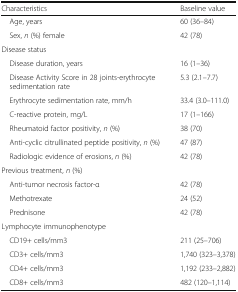
<table><thead><tr><td><b>Characteristics</b></td><td><b>Baseline value</b></td></tr></thead><tbody><tr><td> Age, years</td><td>60 (36–84)</td></tr><tr><td> Sex, <i>n</i> (%) female</td><td>42 (78)</td></tr><tr><td colspan="2">Disease status</td></tr><tr><td> Disease duration, years</td><td>16 (1–36)</td></tr><tr><td> Disease Activity Score in 28 joints-erythrocyte sedimentation rate</td><td>5.3 (2.1–7.7)</td></tr><tr><td> Erythrocyte sedimentation rate, mm/h</td><td>33.4 (3.0–111.0)</td></tr><tr><td> C-reactive protein, mg/L</td><td>17 (1–166)</td></tr><tr><td> Rheumatoid factor positivity, <i>n</i> (%)</td><td>38 (70)</td></tr><tr><td> Anti-cyclic citrullinated peptide positivity, <i>n</i> (%)</td><td>47 (87)</td></tr><tr><td> Radiologic evidence of erosions, <i>n</i> (%)</td><td>42 (78)</td></tr><tr><td colspan="2">Previous treatment, <i>n</i> (%)</td></tr><tr><td> Anti-tumor necrosis factor-α</td><td>42 (78)</td></tr><tr><td> Methotrexate</td><td>24 (52)</td></tr><tr><td> Prednisone</td><td>42 (78)</td></tr><tr><td colspan="2">Lymphocyte immunophenotype</td></tr><tr><td> CD19+ cells/mm3</td><td>211 (25–706)</td></tr><tr><td> CD3+ cells/mm3</td><td>1,740 (323–3,378)</td></tr><tr><td> CD4+ cells/mm3</td><td>1,192 (233–2,882)</td></tr><tr><td> CD8+ cells/mm3</td><td>482 (120–1,114)</td></tr></tbody></table>